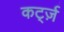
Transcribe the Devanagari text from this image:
कर्ट्ज़